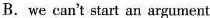
B. we can't start an argument